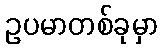
ဥပမာတစ်ခုမှာ